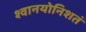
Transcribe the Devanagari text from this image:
श्वानयोनिशतं